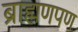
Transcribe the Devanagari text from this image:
ब्राह्मणपण